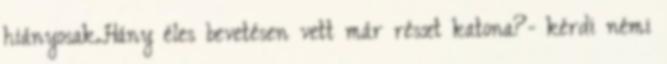
hiányosak.Hány éles bevetésen vett már részt katona?- kérdi némi